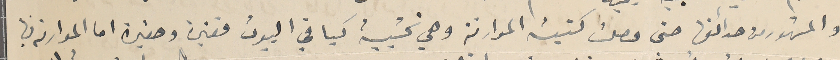
والمشهور من حدائقها حتى وصلت كنيسة الموارنة وهي خشبية كباقي البيوت فقيرة وصغيرة اما الموارنه فيها